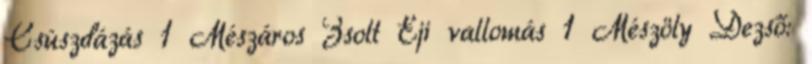
Csúszdázás 1 Mészáros Zsolt Éji vallomás 1 Mészöly Dezső: